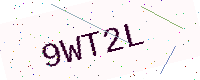
Text: 9WT2L